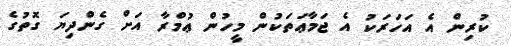
ކުރިން އެ އަހަރަކު އެ ޖަމާޢަތަކުން މީހުން ޢުމްރާ އަށް ގެންދިޔަ ގޮތުގެ